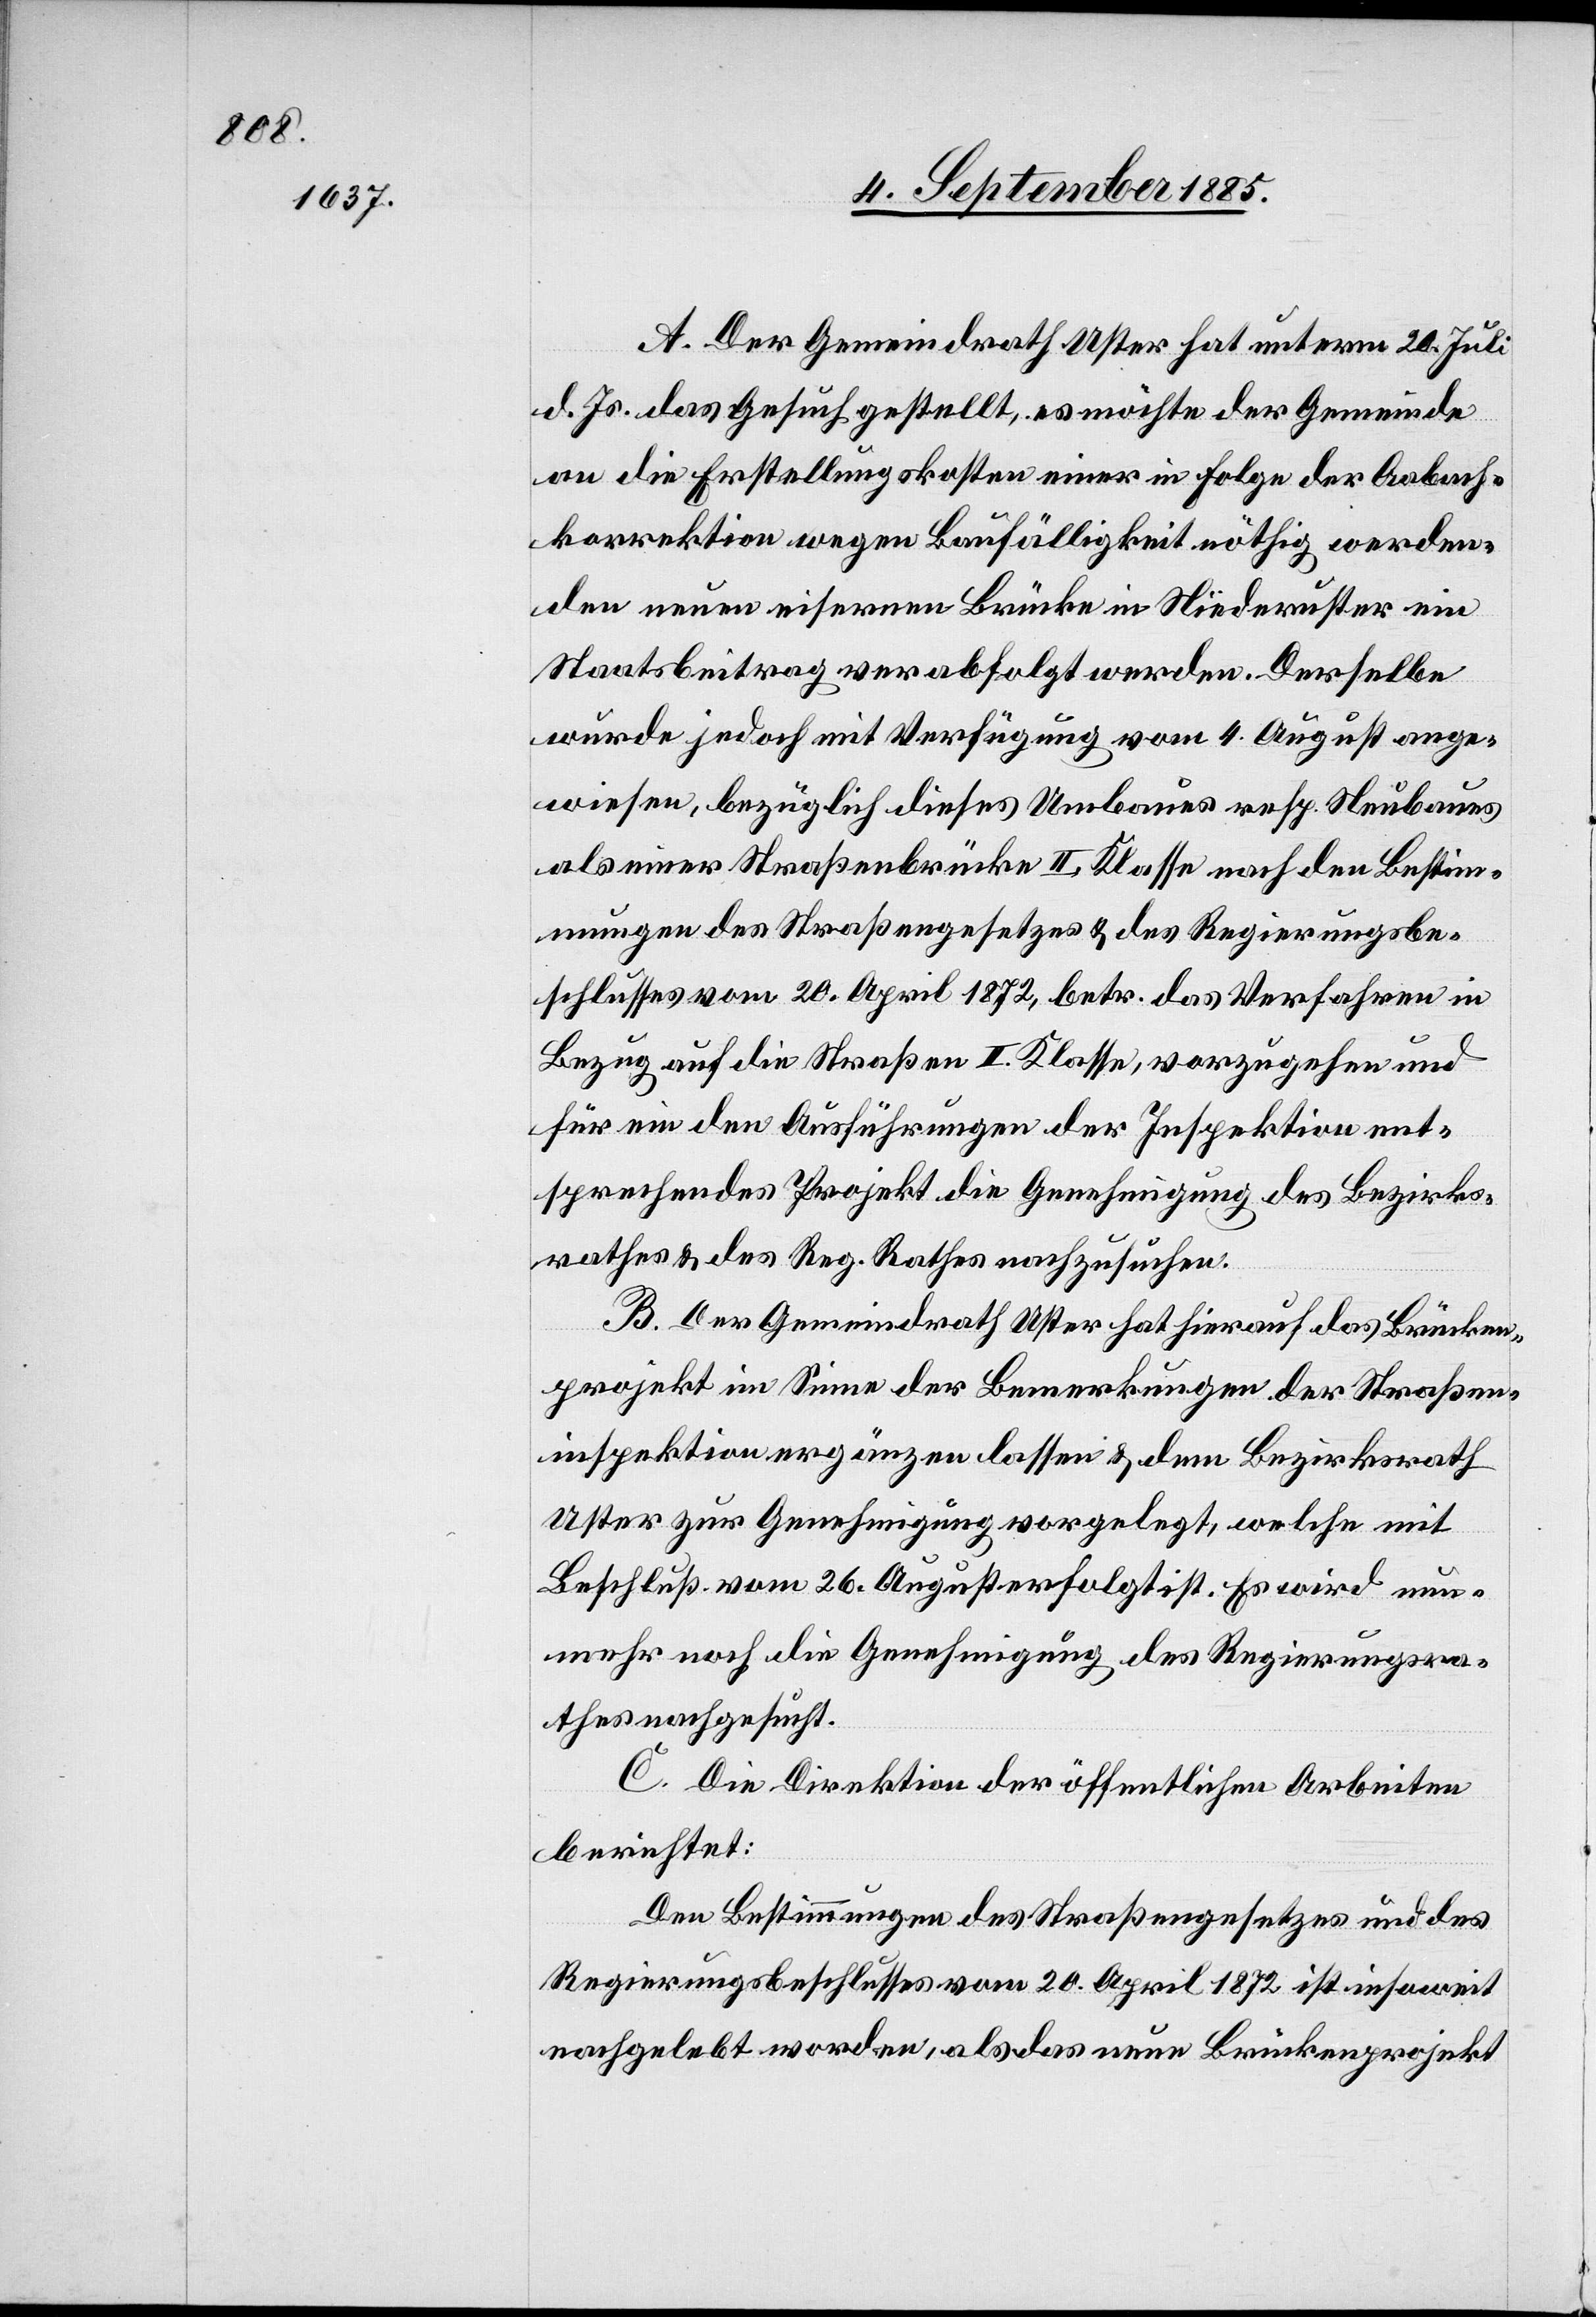
A. Der Gemeindrath Uster hat unterm 20. Juli
d. Js. das Gesuch gestellt, es möchte der Gemeinde
an die Erstellungskosten einer in Folge der Aabach¬
korrektion wegen Baufälligkeit nöthig werden¬
den neuen eisernen Brücke in Niederuster ein
Staatsbeitrag verabfolgt werden. Derselbe
wurde jedoch mit Verfügung vom 4. August ange¬
wiesen, bezüglich dieses Umbaues resp. Neubaues
als einer Straßenbrücke II. Klasse nach den Bestim¬
mungen des Straßengesetzes & des Regierungsbe¬
schlusses vom 20. April 1872, betr. das Verfahren in
Bezug auf die Straßen II. Klasse, vorzugehen und
für ein den Ausführungen der Inspektion ent¬
sprechendes Projekt die Genehmigung des Bezirks¬
rathes & des Reg. Rathes nachzusuchen.
B. Der Gemeindrath Uster hat hierauf das Brücken¬
projekt im Sinne der Bemerkungen der Straßen¬
inspektion ergänzen lassen & dem Bezirksrath
Uster zur Genehmigung vorgelegt, welche mit
Beschluß vom 26. August erfolgt ist. Es wird nun¬
mehr noch die Genehmigung des Regierungsra¬
thes nachgesucht.
C. Die Direktion der öffentlichen Arbeiten
berichtet:
Den Bestimmungen des Straßengesetzes und des
Regierungsbeschlusses vom 20. April 1872 ist insoweit
nachgelebt worden, als das neue Brückenprojekt